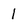
Character: 1